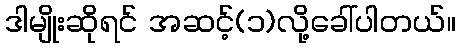
ဒါမျိုးဆိုရင် အဆင့်(၁)လို့ခေါ်ပါတယ်။